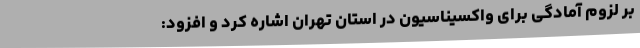
بر لزوم آمادگی برای واکسیناسیون در استان تهران اشاره کرد و افزود: